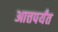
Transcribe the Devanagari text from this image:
आत्तपर्यंत